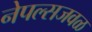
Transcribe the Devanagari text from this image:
नेपल्सजवळ